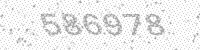
Solution: 586978